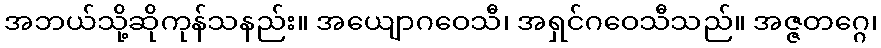
အဘယ်သို့ဆိုကုန်သနည်း။ အယျောဂဝေသီ၊ အရှင်ဂဝေသီသည်။ အဇ္ဇတဂ္ဂေ၊